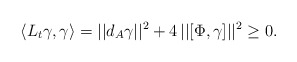
\begin{align*}\langle L_t \gamma, \gamma \rangle = || d_{A} \gamma||^2 + 4 \, || [\Phi,\gamma] ||^2 \geq 0.\end{align*}